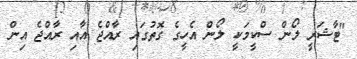
"ޓާޝަރީ ލޯން ސްކީމަކީ ލޯން އެހީގެ ގޮތުގައި ރާއްޖެ އާއި ރާއްޖެ އިން